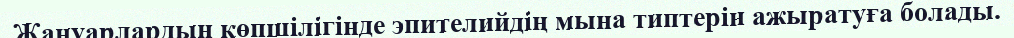
Жануарлардың көпшілігінде эпителийдің мына типтерін ажыратуға болады.